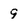
Character: 9